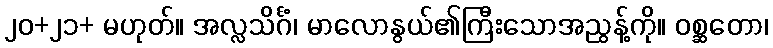
၂၀+၂၁+ မဟုတ်။ အလ္လသိင်္ဂံ၊ မာလောနွယ်၏ကြီးသောအညွန့်ကို။ ဝစ္ဆတော၊